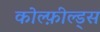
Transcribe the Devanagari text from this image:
कोल्फ़ील्ड्स